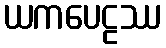
ယကပေဠဿ